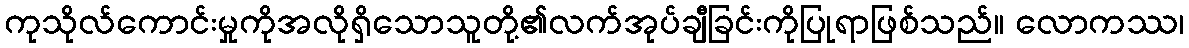
ကုသိုလ်ကောင်းမှုကိုအလိုရှိသောသူတို့၏လက်အုပ်ချီခြင်းကိုပြုရာဖြစ်သည်။ လောကဿ၊